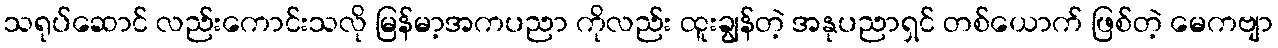
သရုပ်ဆောင် လည်းကောင်းသလို မြန်မာ့အကပညာ ကိုလည်း ထူးချွန်တဲ့ အနုပညာရှင် တစ်ယောက် ဖြစ်တဲ့ မေကဗျာ